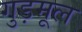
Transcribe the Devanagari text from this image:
गुड़मूल